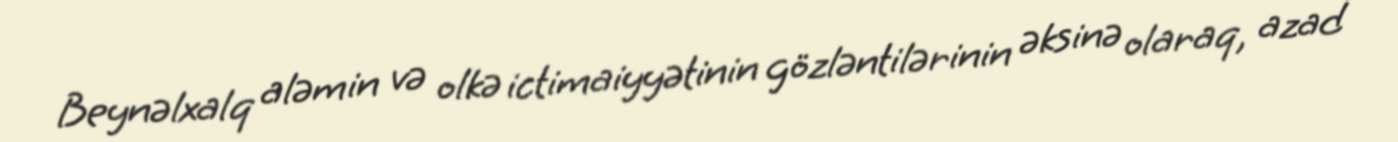
Beynəlxalq aləmin və olkə ictimaiyyətinin gözləntilərinin əksinə olaraq, azad